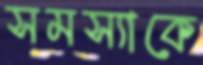
সমস্যাকে